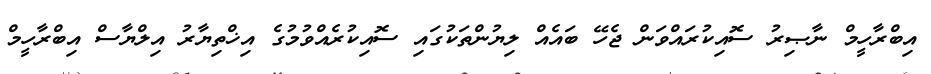
އިބްރާހީމް ނާޞިރު ސޮއިކުރައްވަން ޖެހޭ ބައެއް ލިޔުންތަކުގައި ސޮއިކުރެއްވުމުގެ އިޚްތިޔާރު އިލްޔާސް އިބްރާހީމް